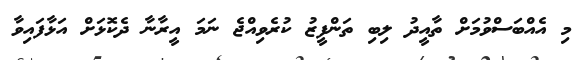
މި އެއްބަސްވުމަށް ތާއީދު ލިބި ތަންފީޒު ކުރެވިއްޖެ ނަމަ އީރާނާ ދެކޮޅަށް އަޅާފައިވާ